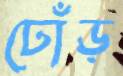
ঢোঁড়